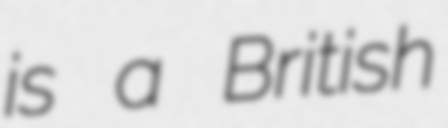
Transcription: is a British